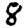
Digit: 8